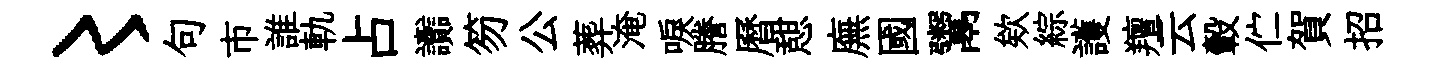
〻句市誰軌占讟笏公葬淹唳謄曆憇廡國鬻欸綜護羶云轂伫賀招